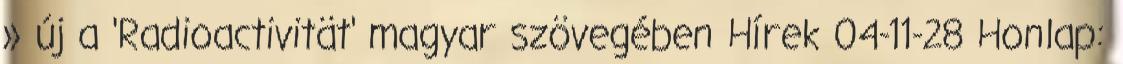
» új a 'Radioactivität' magyar szövegében Hírek 04-11-28 Honlap: